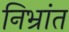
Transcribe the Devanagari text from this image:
निभ्रांत